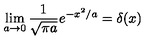
\lim _ { a \to 0 } \frac { 1 } { \sqrt { \pi a } } e ^ { - x ^ { 2 } / a } = \delta ( x )